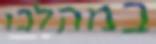
במהלכו